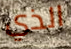
الذي